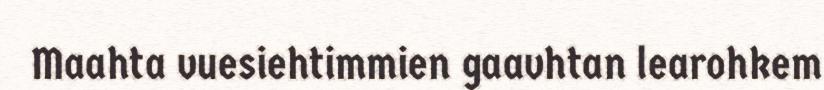
Maahta vuesiehtimmien gaavhtan learohkem